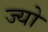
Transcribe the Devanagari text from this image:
ज्‍यो